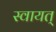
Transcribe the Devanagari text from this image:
स्वायत्